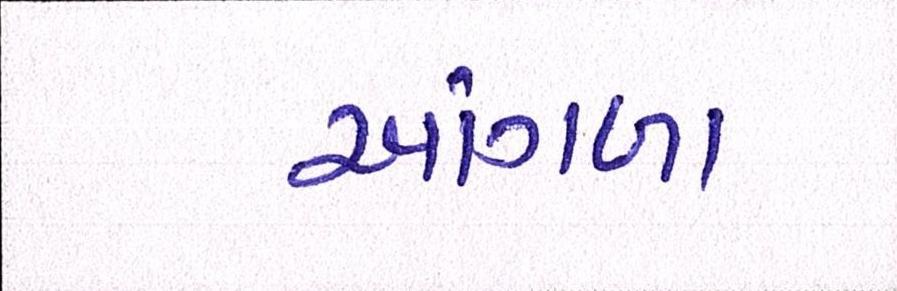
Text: આંગળા